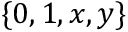
\{ 0 , 1 , x , y \}